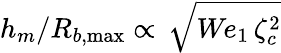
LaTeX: h_{m}/R_{b,\operatorname*{max}}\propto\, \sqrt{\textit{We}_{1}\, \zeta_{c}^{2}}